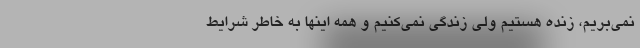
نمی‌بریم، زنده هستیم ولی زندگی نمی‌کنیم و همه اینها به خاطر شرایط